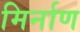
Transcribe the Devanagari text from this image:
मिर्नाण